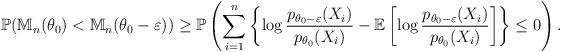
LaTeX: \begin{align*}\mathbb{P}(\mathbb{M}_n(\theta_0) < \mathbb{M}_n(\theta_0 - \varepsilon)) \ge \mathbb{P}\left(\sum_{i=1}^n \left\{\log\frac{p_{\theta_0 - \varepsilon}(X_i)}{p_{\theta_0}(X_i)} - \mathbb{E}\left[\log\frac{p_{\theta_0 - \varepsilon}(X_i)}{p_{\theta_0}(X_i)}\right]\right\} \le 0\right).\end{align*}